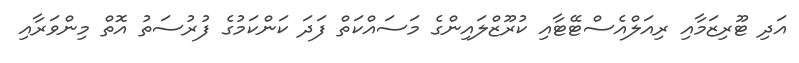
އަދި ޓޫރިޒަމާއި ރިއަލްއެސްޓޭޓާއި ކުރޫޒްލައިންގެ މަސައްކަތް ފަދަ ކަންކަމުގެ ފުރުސަތު އޮތް މިންވަރާއި